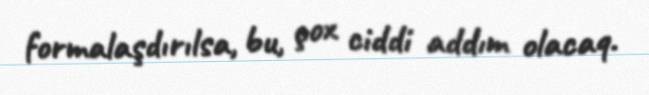
formalaşdırılsa, bu, çox ciddi addım olacaq.